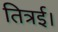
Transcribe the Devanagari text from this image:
तित्रई।